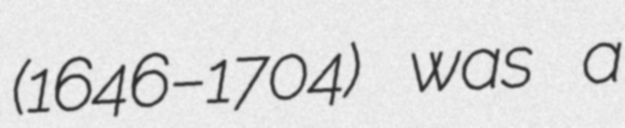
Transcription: (1646–1704) was a